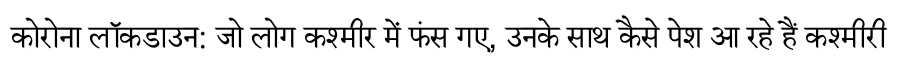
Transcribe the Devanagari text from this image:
कोरोना लॉकडाउन: जो लोग कश्मीर में फंस गए, उनके साथ कैसे पेश आ रहे हैं कश्मीरी